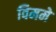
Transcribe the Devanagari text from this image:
विममे